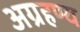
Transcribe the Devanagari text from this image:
अग्रहण्य